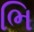
ભિ